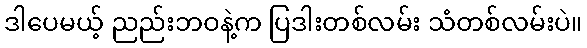
ဒါပေမယ့် ညည်းဘဝနဲ့က ပြဒါးတစ်လမ်း သံတစ်လမ်းပဲ။